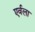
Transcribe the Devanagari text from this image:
एर्वला